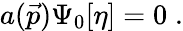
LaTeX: a(\vec{p})\Psi_{0}[\eta]=0\; .